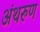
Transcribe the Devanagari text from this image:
अंथरुण